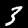
Label: 3